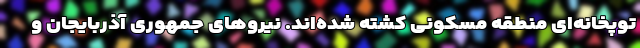
توپخانه‌ای منطقه مسکونی کشته شده‌اند. نیروهای جمهوری آذربایجان و